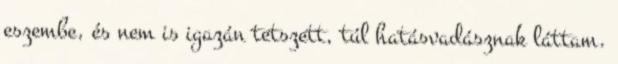
eszembe, és nem is igazán tetszett, túl hatásvadásznak láttam.